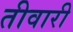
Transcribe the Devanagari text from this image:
तीवारी